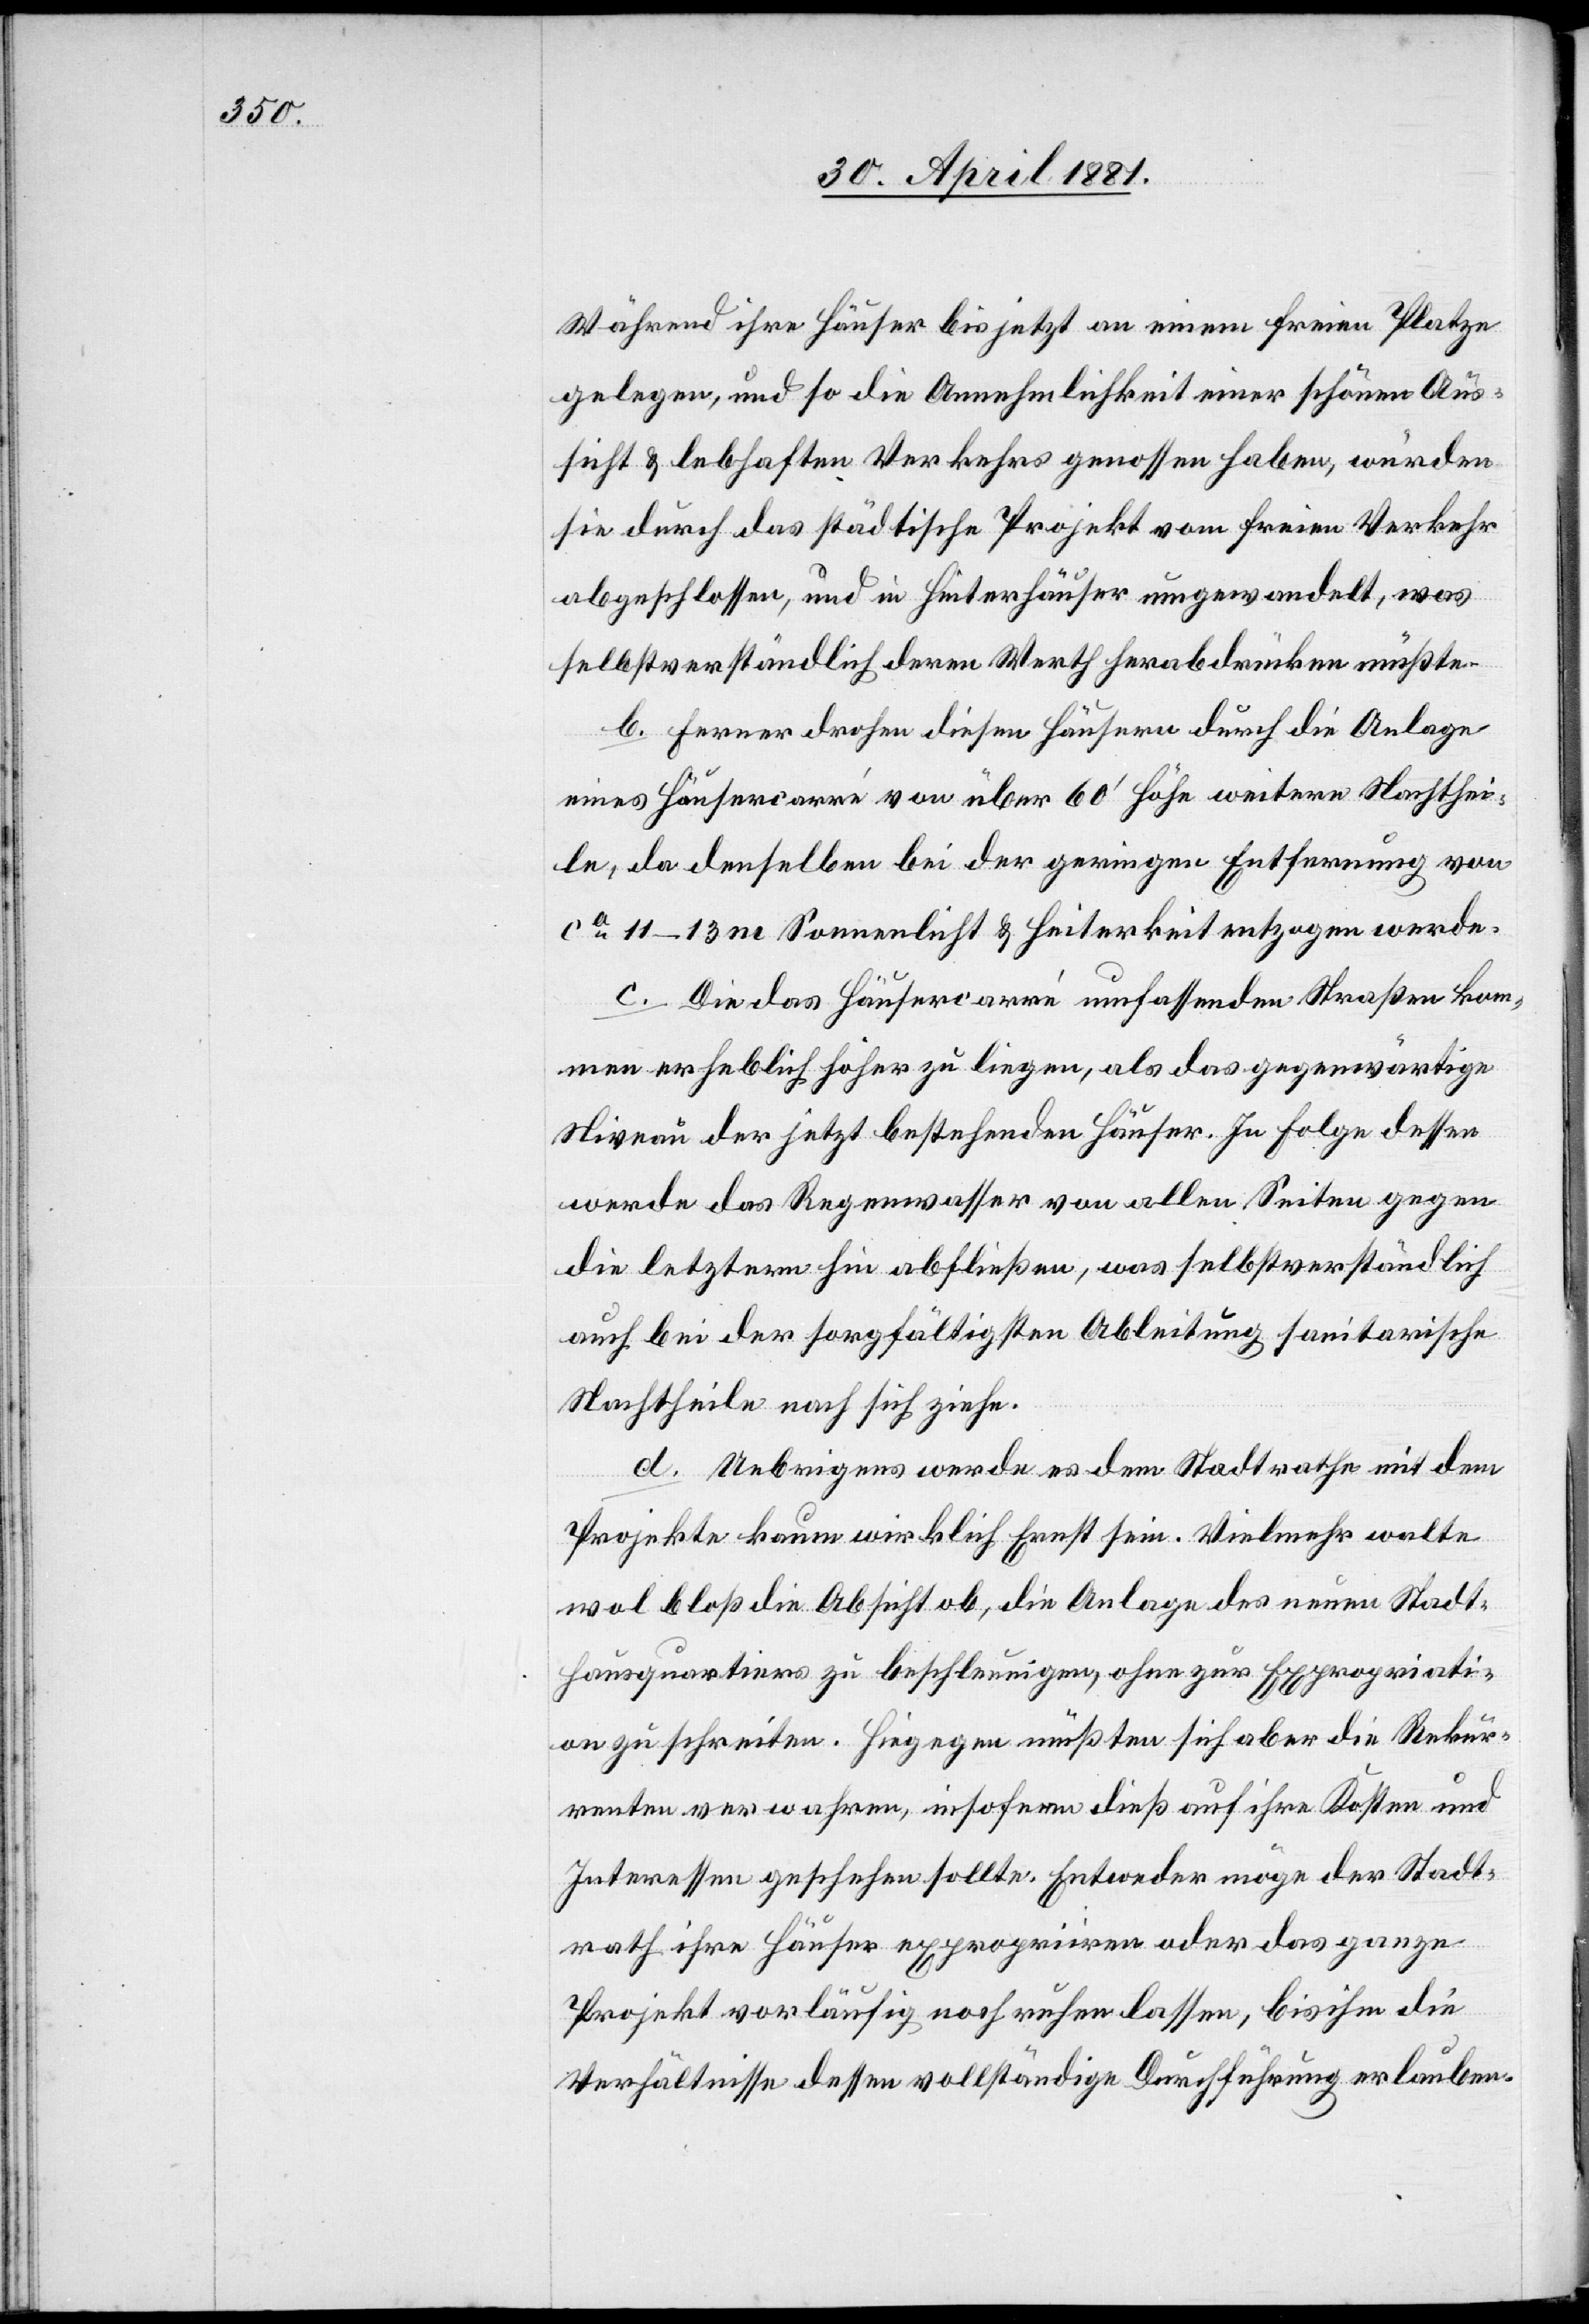
Während ihre Häuser bis jetzt an einem freien Platze
gelegen, und so die Annehmlichkeit einer schönen Aus¬
sicht & lebhaften Verkehres genossen haben, würden
sie durch das städtische Projekt vom freien Verkehr
abgeschlossen, und in Hinterhäuser umgewandelt, was
selbstverständlich deren Werth herabdrücken müßte.
b. Ferner drohen diesen Häusern durch die Anlage
eines Häusercarré von über 60‘ Höhe weitere Nachthei¬
le, da denselben bei der geringen Entfernung von
ca 11–13 m Sonnenlicht & Heiterkeit entzogen werde.
c. Die das Häusercarré umfassenden Straßen kom¬
men erheblich höher zu liegen, als das gegenwärtige
Niveau der jetzt bestehenden Häuser. In Folge dessen
werde das Regenwasser von allen Seiten gegen
die letztere hin abfließen, was selbstverständlich
auch bei der sorgfältigsten Ableitung sanitarische
Nachtheile nach sich ziehe.
d. Uebrigens werde es dem Stadtrathe mit dem
Projekte kaum wirklich Ernst sein. Vielmehr walte
wol bloß die Absicht ob, die Anlage des neuen Stadt¬
hausquartiers zu beschleunigen, ohne zur Expropriati¬
on zu schreiten. Hiegegen müßten sich aber die Rekur¬
renten verwahren, insofern dieß auf ihre Kosten und
Interessen geschehen sollte. Entweder möge der Stadt¬
rath ihre Häuser expropriiren oder das ganze
Projekt vorläufig noch ruhen lassen, bis ihm die
Verhältnisse dessen vollständige Durchführung erlauben.